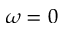
\omega = 0